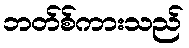
ဘတ်စ်ကားသည်